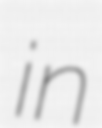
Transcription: in